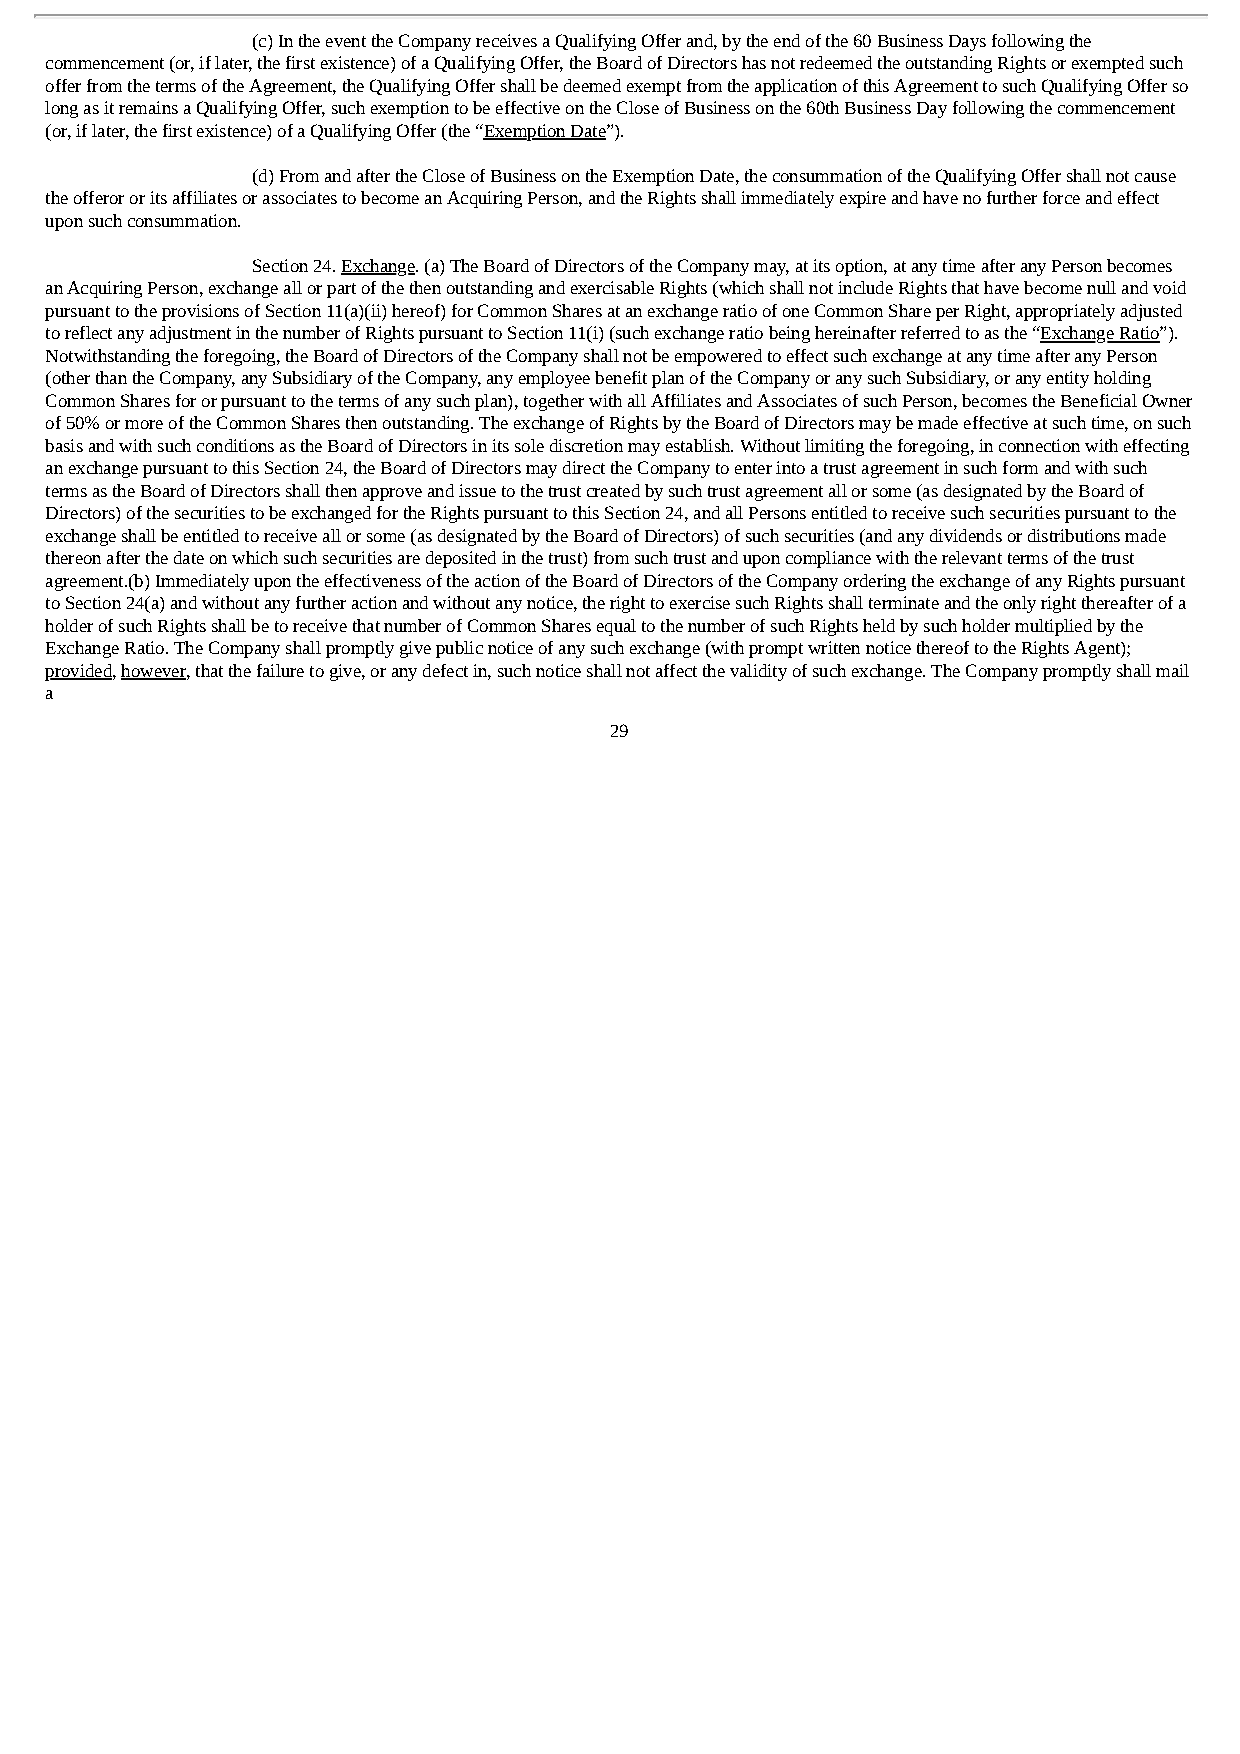
(c) In the event the Company receives a Qualifying Offer and, by the end of the 60 Business Days following the
 commencement (or, if later, the first existence) of a Qualifying Offer, the Board of Directors has not redeemed the outstanding Rights or exempted such
 offer from the terms of the Agreement, the Qualifying Offer shall be deemed exempt from the application of this Agreement to such Qualifying Offer so
 long as it remains a Qualifying Offer, such exemption to be effective on the Close of Business on the 60th Business Day following the commencement
 (or, if later, the first existence) of a Qualifying Offer (the “Exemption Date”).
 (d) From and after the Close of Business on the Exemption Date, the consummation of the Qualifying Offer shall not cause
 the offeror or its affiliates or associates to become an Acquiring Person, and the Rights shall immediately expire and have no further force and effect
 upon such consummation.
 Section 24. Exchange. (a) The Board of Directors of the Company may, at its option, at any time after any Person becomes
 an Acquiring Person, exchange all or part of the then outstanding and exercisable Rights (which shall not include Rights that have become null and void
 pursuant to the provisions of Section 11(a)(ii) hereof) for Common Shares at an exchange ratio of one Common Share per Right, appropriately adjusted
 to reflect any adjustment in the number of Rights pursuant to Section 11(i) (such exchange ratio being hereinafter referred to as the “Exchange Ratio”).
 Notwithstanding the foregoing, the Board of Directors of the Company shall not be empowered to effect such exchange at any time after any Person
 (other than the Company, any Subsidiary of the Company, any employee benefit plan of the Company or any such Subsidiary, or any entity holding
 Common Shares for or pursuant to the terms of any such plan), together with all Affiliates and Associates of such Person, becomes the Beneficial Owner
 of 50% or more of the Common Shares then outstanding. The exchange of Rights by the Board of Directors may be made effective at such time, on such
 basis and with such conditions as the Board of Directors in its sole discretion may establish. Without limiting the foregoing, in connection with effecting
 an exchange pursuant to this Section 24, the Board of Directors may direct the Company to enter into a trust agreement in such form and with such
 terms as the Board of Directors shall then approve and issue to the trust created by such trust agreement all or some (as designated by the Board of
 Directors) of the securities to be exchanged for the Rights pursuant to this Section 24, and all Persons entitled to receive such securities pursuant to the
 exchange shall be entitled to receive all or some (as designated by the Board of Directors) of such securities (and any dividends or distributions made
 thereon after the date on which such securities are deposited in the trust) from such trust and upon compliance with the relevant terms of the trust
 agreement.(b) Immediately upon the effectiveness of the action of the Board of Directors of the Company ordering the exchange of any Rights pursuant
 to Section 24(a) and without any further action and without any notice, the right to exercise such Rights shall terminate and the only right thereafter of a
 holder of such Rights shall be to receive that number of Common Shares equal to the number of such Rights held by such holder multiplied by the
 Exchange Ratio. The Company shall promptly give public notice of any such exchange (with prompt written notice thereof to the Rights Agent);
 provided, however, that the failure to give, or any defect in, such notice shall not affect the validity of such exchange. The Company promptly shall mail
 a
 29